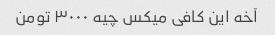
آخه این کافی میکس چیه ۳۰۰۰ تومن